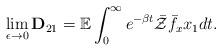
LaTeX: \begin{align*}\lim_{\epsilon\rightarrow0}\mathbf{D}_{21}=\mathbb{E}\int_0^\infty e^{-\beta t}\bar{\mathcal{Z}}\bar{f}_xx_1dt.\end{align*}